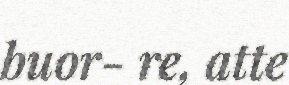
buor- re, atte